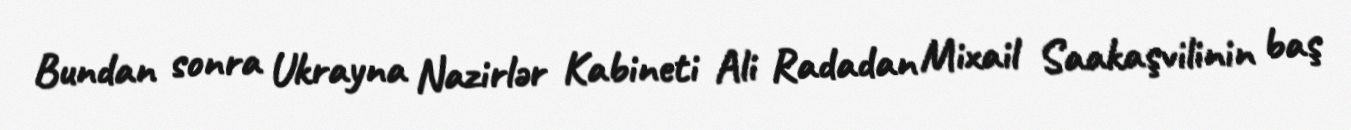
Bundan sonra Ukrayna Nazirlər Kabineti Ali Radadan Mixail Saakaşvilinin baş